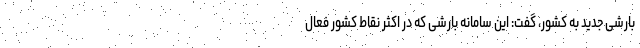
بارشی جدید به کشور، گفت: این سامانه بارشی که در اکثر نقاط کشور فعال